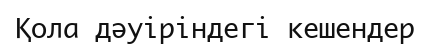
Қола дәуіріндегі кешендер